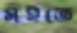
মইতে